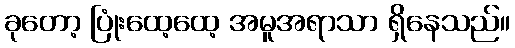
ခုတော့ ပြုံးထေ့ထေ့ အမူအရာသာ ရှိနေသည်။